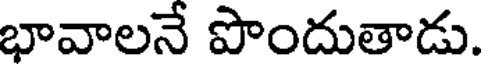
భావాలనే పొందుతాడు.